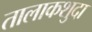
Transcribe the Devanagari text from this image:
तालाकशुदा